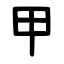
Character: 甲